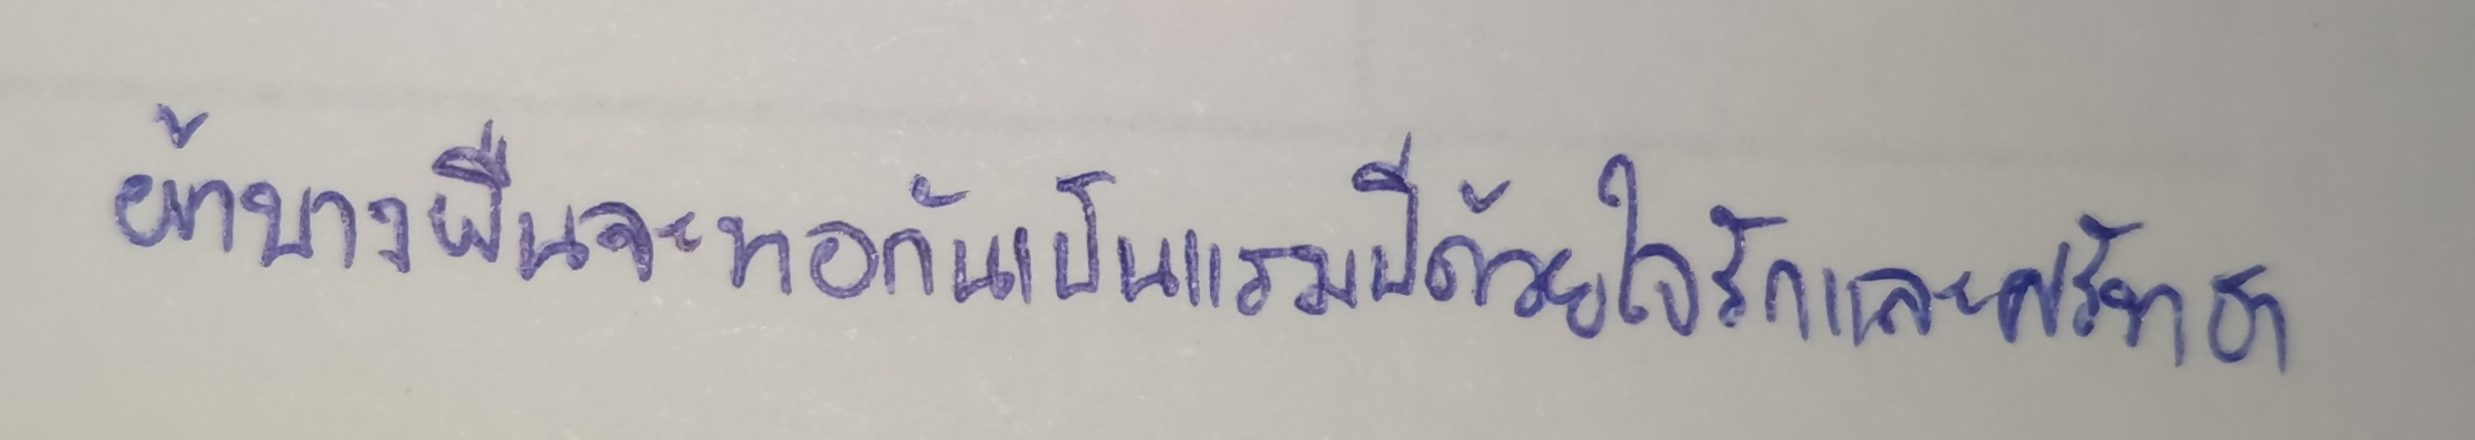
ผ้าบางผืนจะทอกันเป็นเวลาแรมปีด้วยใจรักและศรัทธา